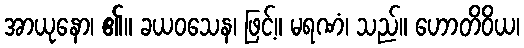
အာယုနော၊ ၏။ ခယဝသေန၊ ဖြင့်။ မရဏံ၊ သည်။ ဟောတိဝိယ၊